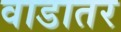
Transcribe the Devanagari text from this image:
वाडातर